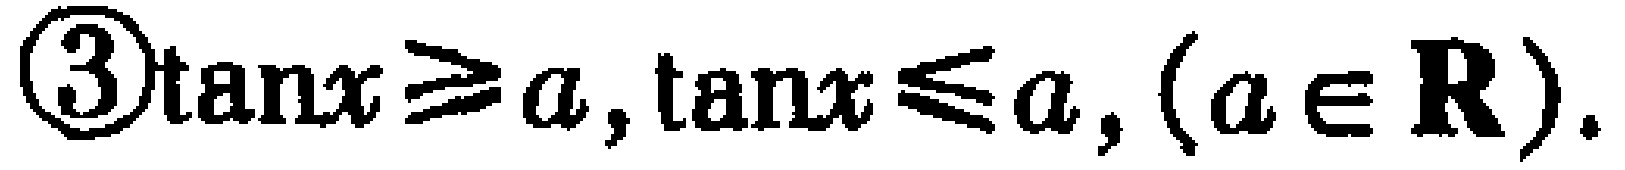
\textcircled{3}\(\tan x\geqslant a,\tan x\leqslant a,(a\in \mathbf{R})\).